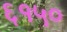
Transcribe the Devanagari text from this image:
६१५०